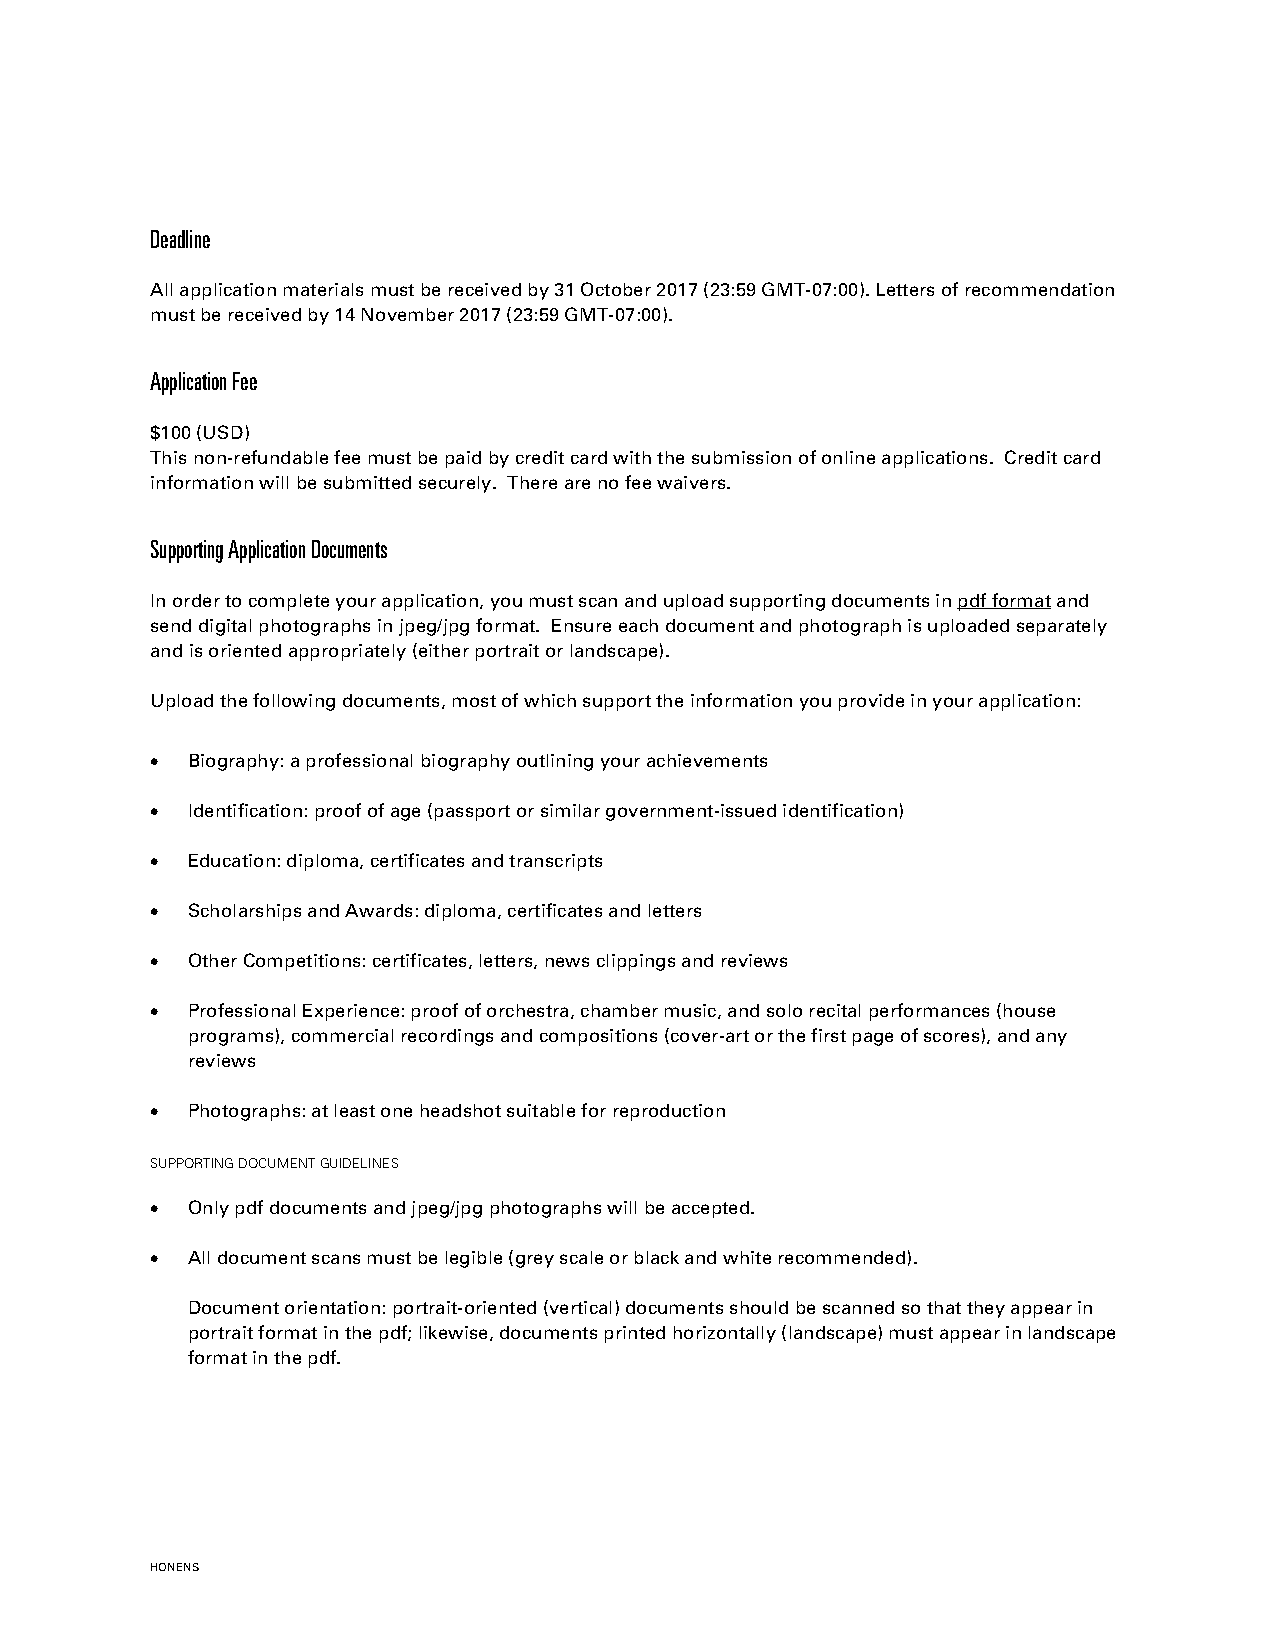
Deadline
 All application materials must be received by 31 October 2017 (23:59 GMT-07:00). Letters of recommendation
 must be received by 14 November 2017 (23:59 GMT-07:00).
 Application Fee
 $100 (USD)
 This non-refundable fee must be paid by credit card with the submission of online applications. Credit card
 information will be submitted securely. There are no fee waivers.
 Supporting Application Documents
 In order to complete your application, you must scan and upload supporting documents in pdf format and
 send digital photographs in jpeg/jpg format. Ensure each document and photograph is uploaded separately
 and is oriented appropriately (either portrait or landscape).
 Upload the following documents, most of which support the information you provide in your application:
 • Biography: a professional biography outlining your achievements
 • Identification: proof of age (passport or similar government-issued identification)
 • Education: diploma, certificates and transcripts
 • Scholarships and Awards: diploma, certificates and letters
 • Other Competitions: certificates, letters, news clippings and reviews
 • Professional Experience: proof of orchestra, chamber music, and solo recital performances (house
 programs), commercial recordings and compositions (cover-art or the first page of scores), and any
 reviews
 • Photographs: at least one headshot suitable for reproduction
 SUPPORTING DOCUMENT GUIDELINES
 • Only pdf documents and jpeg/jpg photographs will be accepted.
 • All document scans must be legible (grey scale or black and white recommended).
 Document orientation: portrait-oriented (vertical) documents should be scanned so that they appear in
 portrait format in the pdf; likewise, documents printed horizontally (landscape) must appear in landscape
 format in the pdf.
 HONENS